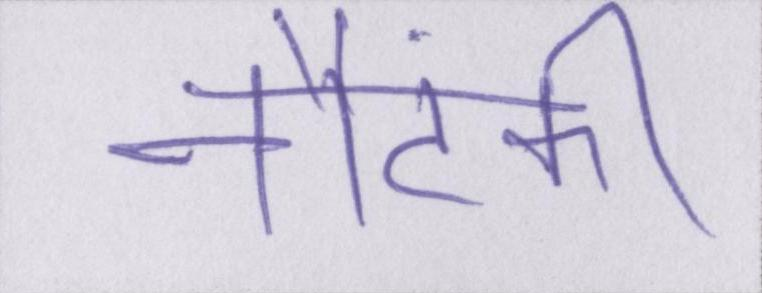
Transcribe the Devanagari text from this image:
नौटंकी